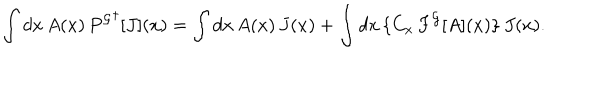
LaTeX: \int d x \, A ( x ) \, { P ^ { \cal G } } ^ { \dagger } [ J ] ( x ) = \int d x \, A ( x ) \, J ( x ) + \int d x \, \{ C _ { x } \, F ^ { \cal G } [ A ] ( x ) \} \, J ( x ) .